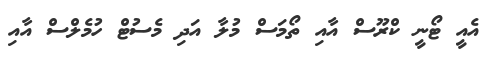
އެއީ ޓޯނީ ކްރޫސް އާއި ތޯމަސް މުލާ އަދި މެސުޓް ހުމެލްސް އާއި